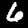
Label: 6